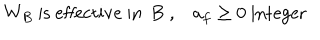
W _ { B } \mathrm { ~ i s ~ e f f e c t i v e ~ i n ~ B ~ , } \quad a _ { f } \geq 0 \mathrm { ~ i n t e g e r ~ }